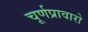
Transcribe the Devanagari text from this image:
चूर्णप्रावारो